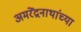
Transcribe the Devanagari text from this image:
अमरेंद्रनाथांच्या